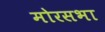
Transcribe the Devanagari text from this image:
मोरसभा